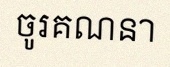
ចូរគណនា